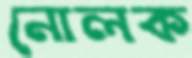
নোলক